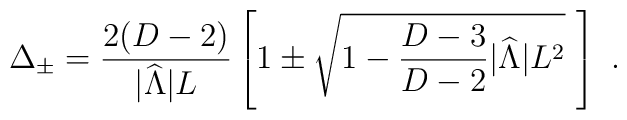
\Delta_\pm={{2(D-2)}\over{|{\widehat\Lambda}|L}}\left[1\pm  \sqrt{1-{{D-3}\over{D-2}} |{\widehat\Lambda}| L^2}~\right]~.